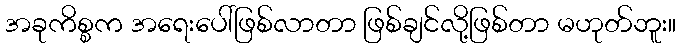
အခုကိစ္စက အရေးပေါ်ဖြစ်လာတာ ဖြစ်ချင်လို့ဖြစ်တာ မဟုတ်ဘူး။